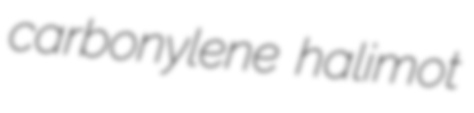
carbonylene halimot